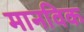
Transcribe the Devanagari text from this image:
मानविक